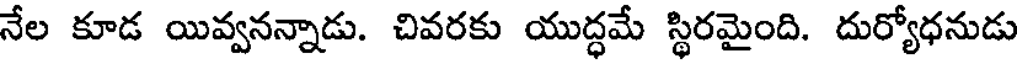
నేల కూడ యివ్వనన్నాడు. చివరకు యుద్ధమే స్థిరమైంది. దుర్యోధనుడు